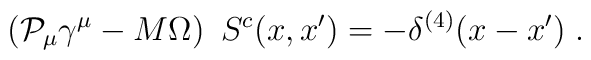
\left( {\cal P}_\mu \gamma ^\mu -M\Omega \right) \ S^c(x,x^{\prime})=-\delta ^{(4)}(x-x^{\prime })\;.